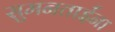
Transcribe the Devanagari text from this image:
सुमनताईंना